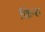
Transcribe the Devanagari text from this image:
किरु